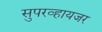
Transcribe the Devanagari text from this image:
सुपरव्हायजर